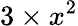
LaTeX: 3\times x^{2}